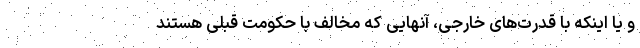
و یا اینکه با قدرت‌های خارجی، آنهایی که مخالف با حکومت قبلی هستند